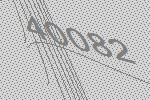
40082